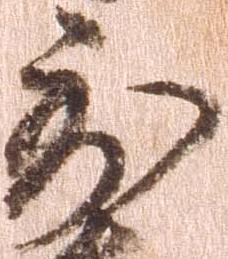
到